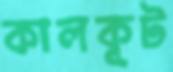
কালকূট